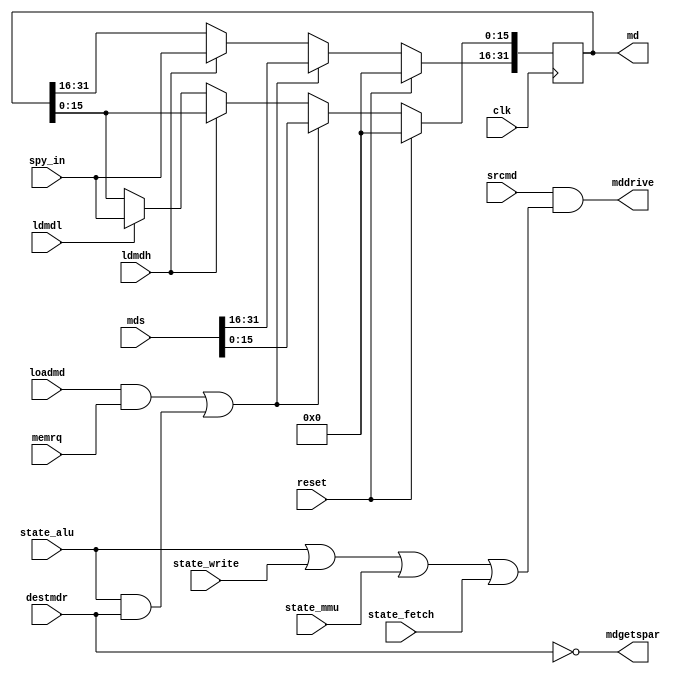
// MD --- MEMORY DATA REGISTER
//
// ---!!! Add description.
//
// History:
//
//   (20YY-MM-DD HH:mm:ss BRAD) Converted to Verilog.
//	???: Nets added.
//	???: Nets removed.
//   (1978-08-16 05:16:20 TK) Initial.

`timescale 1ns/1ps
`default_nettype none

module MD(/*AUTOARG*/
   // Outputs
   md, mddrive, mdgetspar,
   // Inputs
   clk, reset, state_alu, state_fetch, state_mmu, state_write, spy_in,
   mds, destmdr, ldmdh, ldmdl, loadmd, memrq, srcmd
   );

   input clk;
   input reset;

   input state_alu;
   input state_fetch;
   input state_mmu;
   input state_write;

   input [15:0] spy_in;
   input [31:0] mds;
   input destmdr;
   input ldmdh;
   input ldmdl;
   input loadmd;
   input memrq;
   input srcmd;
   output [31:0] md;
   output mddrive;
   output mdgetspar;

   ////////////////////////////////////////////////////////////////////////////////

   reg [31:0] md;
   reg mdhaspar;
   reg mdpar;
   wire ignpar;
   wire mdclk;

   ////////////////////////////////////////////////////////////////////////////////

   assign mdgetspar = ~destmdr & ~ignpar;
   assign ignpar = 1'b0;
   assign mdclk = loadmd | destmdr;

   always @(posedge clk)
     if (reset) begin
	md <= 32'b0;
	mdhaspar <= 1'b0;
	mdpar <= 1'b0;
     end else if ((loadmd && memrq) || (state_alu && destmdr)) begin
	md <= mds;
	mdhaspar <= mdgetspar;
     end else if (ldmdh)
       md[31:16] <= spy_in;
     else if (ldmdl)
       md[15:0] <= spy_in;

   assign mddrive = srcmd & (state_alu || state_write || state_mmu || state_fetch);
   //assign mdgetspar = (~destmdr) & (~ignpar);
   assign ignpar = 1'b0;
   assign mdclk = loadmd | destmdr;

endmodule

`default_nettype wire

// Local Variables:
// verilog-library-directories: ("..")
// End: